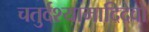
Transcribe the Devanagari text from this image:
चतुर्दश्यामादिदेवो